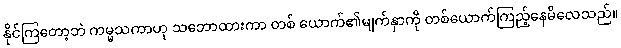
နိုင်ကြတော့ဘဲ ကမ္မသကာဟု သဘောထားကာ တစ် ယောက်၏မျက်နှာကို တစ်ယောက်ကြည့်နေမိလေသည်။